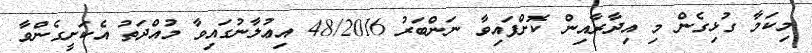
މިކަމާ ގުޅިގެން މި އިދާރާއިން ކޮށްފައިވާ ނަންބަރު 48/2016 އިޢުލާނުގައިވާ މުއްދަތު އެކަށީގެންވާ